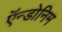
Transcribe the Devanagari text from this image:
ऍन्डोनिम